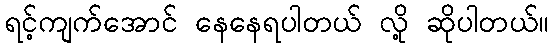
ရင့်ကျက်အောင် နေနေရပါတယ် လို့ ဆိုပါတယ်။